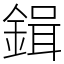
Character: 鍓